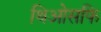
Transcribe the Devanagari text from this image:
थिओसफि